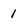
Character: 1